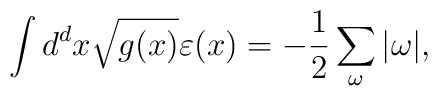
\int d^dx\sqrt{g(x)}\varepsilon(x)=-\frac{1}{2}\sum_\omega|\omega|,